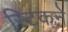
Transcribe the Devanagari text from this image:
स्टिकने